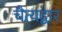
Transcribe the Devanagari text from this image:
चैत्यद्वार